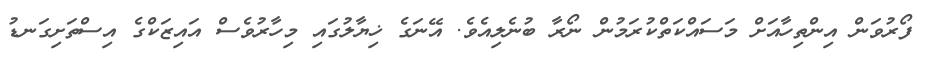
ފޯރުވަން އިންތިހާއަށް މަސައްކަތްކުރަމުން ނޯރާ ބުނެލިއެވެ. އޭނަގެ ޚިޔާލުގައި މިހާރުވެސް އައިޒަކްގެ އިސްތަށިގަނޑު